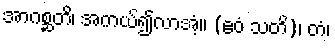
အာဂစ္ဆတိ၊ အကယ်၍လာအံ့။ (ဧဝံ သတိ)၊ တံ၊